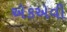
એકએવી